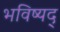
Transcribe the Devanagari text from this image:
भविष्यद्